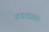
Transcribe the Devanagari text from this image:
वक्तव्यः